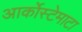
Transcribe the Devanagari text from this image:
आर्कोस्टेमाटा